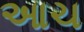
આચ